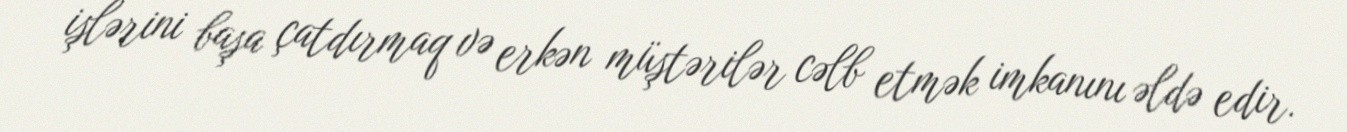
işlərini başa çatdırmaq və erkən müştərilər cəlb etmək imkanını əldə edir.